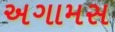
અગામસ